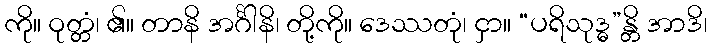
ကို။ ဝုတ္တံ၊ ၏။ တာနိ အင်္ဂါနိ၊ တို့ကို။ ဒေဿတုံ၊ ငှာ။ “ပရိသုဒ္ဓ”န္တိ အာဒိ၊